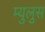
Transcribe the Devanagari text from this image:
म्युलुस